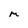
Character: m